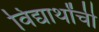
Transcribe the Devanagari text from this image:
विद्यार्थांची